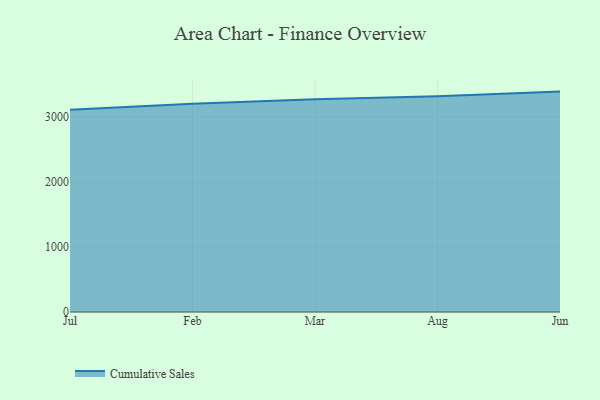
{"axis": {"x": "Month", "y": "Population (Million)"}, "legend": ["Cumulative Sales"], "data": [{"x": "Jul", "y": 3109.1, "type": "Cumulative Sales"}, {"x": "Feb", "y": 3200.9, "type": "Cumulative Sales"}, {"x": "Mar", "y": 3270.8, "type": "Cumulative Sales"}, {"x": "Aug", "y": 3315.9, "type": "Cumulative Sales"}, {"x": "Jun", "y": 3388.9, "type": "Cumulative Sales"}]}